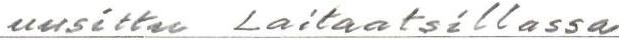
uusittu Laitaatsillassa